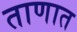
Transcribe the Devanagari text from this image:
ताणात